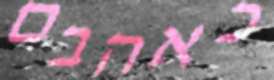
כאהבם